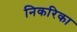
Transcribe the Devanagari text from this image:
निकरिका